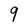
Character: 9